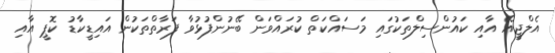
އެލްޖީއޭ އާއި ކައުންސިލްތަކުގައި މަސައްކަތް ކުރައްވަން ބޭނުންފުޅުވާ ފަރާތްތަކުން އައިޑީކާޑު ކޮޕީ އާއި